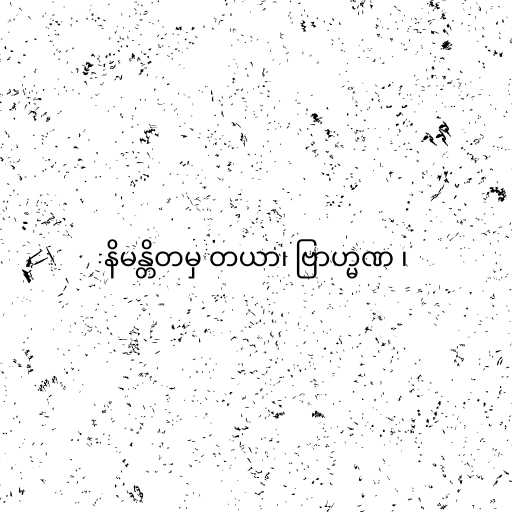
နိမန္တိတမှ တယာ၊ ဗြာဟ္မဏ ၊